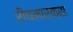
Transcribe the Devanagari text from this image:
रीचमार्क्स